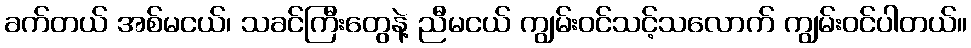
ခက်တယ် အစ်မငယ်၊ သခင်ကြီးတွေနဲ့ ညီမငယ် ကျွမ်းဝင်သင့်သလောက် ကျွမ်းဝင်ပါတယ်။